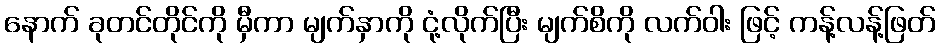
နောက် ခုတင်တိုင်ကို မှီကာ မျက်နှာကို ငုံ့လိုက်ပြီး မျက်စိကို လက်ဝါး ဖြင့် ကန့်လန့်ဖြတ်